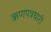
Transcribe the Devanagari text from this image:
ऋणपत्रधारी